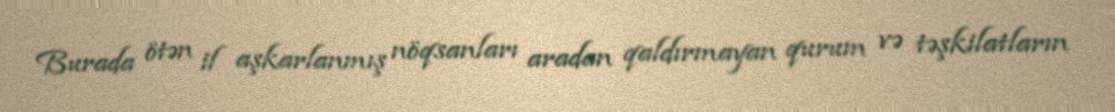
Burada ötən il aşkarlanmış nöqsanları aradan qaldırmayan qurum və təşkilatların